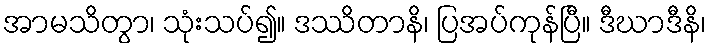
အာမသိတွာ၊ သုံးသပ်၍။ ဒဿိတာနိ၊ ပြအပ်ကုန်ပြီ။ ဒီဃာဒီနိ၊